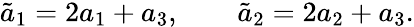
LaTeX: \tilde{a}_{1}=2a_{1}+a_{3},\qquad\tilde{a}_{2}=2a_{2}+a_{3}.